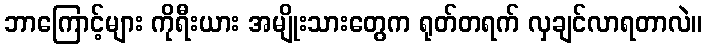
ဘာကြောင့်များ ကိုရီးယား အမျိုးသားတွေက ရုတ်တရက် လှချင်လာရတာလဲ။